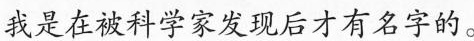
我是在被和家友现后才有名字的。